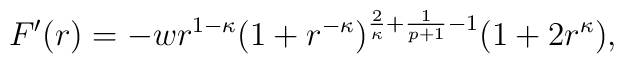
F'(r)=- w r^{1-\kappa}(1+r^{-\kappa})^{\frac{2}{\kappa} + \frac{1}{p+1} -1} (1+2r^\kappa),